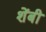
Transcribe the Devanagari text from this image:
शेंबी